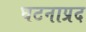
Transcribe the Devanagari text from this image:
घटनाप्रद